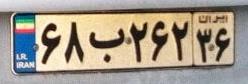
۶۸ب۲۶۲۳۶